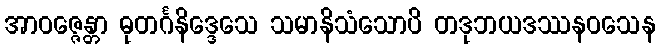
အာဝဇ္ဇေန္တာ ဓုတင်္ဂနိဒ္ဒေသေ သမာနိသံသောပိ တဒုဘယဒဿနဝသေန